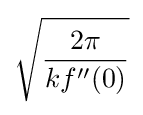
{\sqrt {\frac {2\pi }{kf''(0)}}}